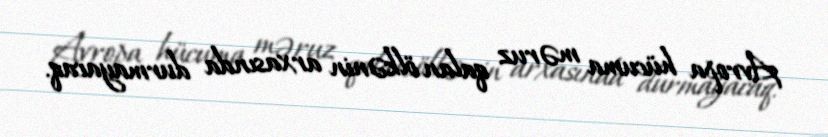
Avropa hücuma məruz qalan ölkənin arxasında durmayacaq.